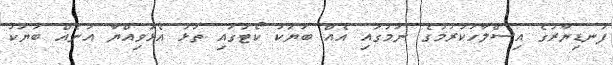
ފަނޑިޔާރުގެ އިސްލާހުކުރުމުގެ ނަމުގައި އެއް ބަޔަކު ކޯޓުގައި ތަޅު އެޅުވިއްޔާ އަނެއް ބަޔަކު